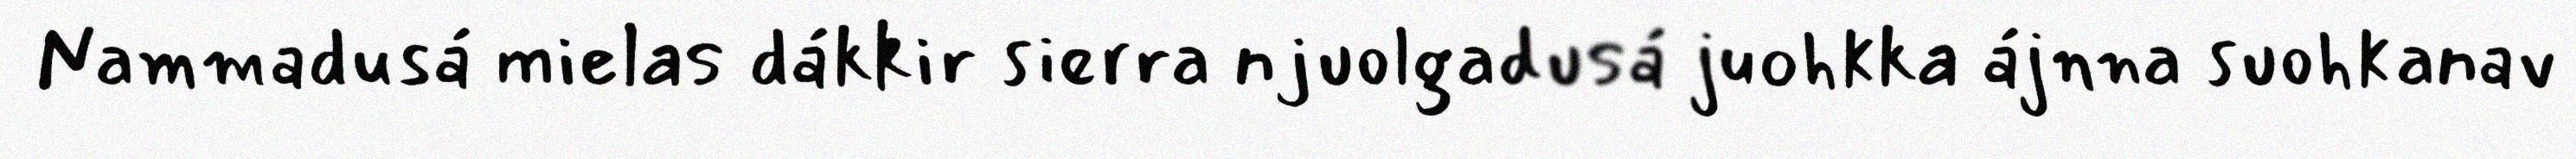
Nammadusá mielas dákkir sierra njuolgadusá juohkka ájnna suohkanav